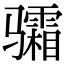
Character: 骦